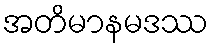
အတိမာနမဒဿ